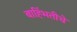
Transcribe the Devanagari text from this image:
बाह्भिंतीचे